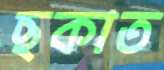
ছকাত